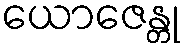
ယောဇေန္တု